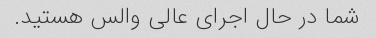
شما در حال اجرای عالی والس هستید.